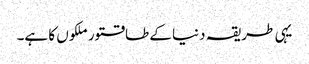
یہی طریقہ دنیا کے طاقتور ملکوں کا ہے۔